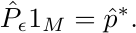
\begin{equation*}
\hat{P}_\epsilon {\rm 1}_M = \hat{p}^\ast .
\end{equation*}